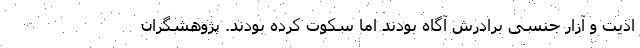
اذیت و آزار جنسی برادرش آگاه بودند اما سکوت کرده بودند. پژوهشگران